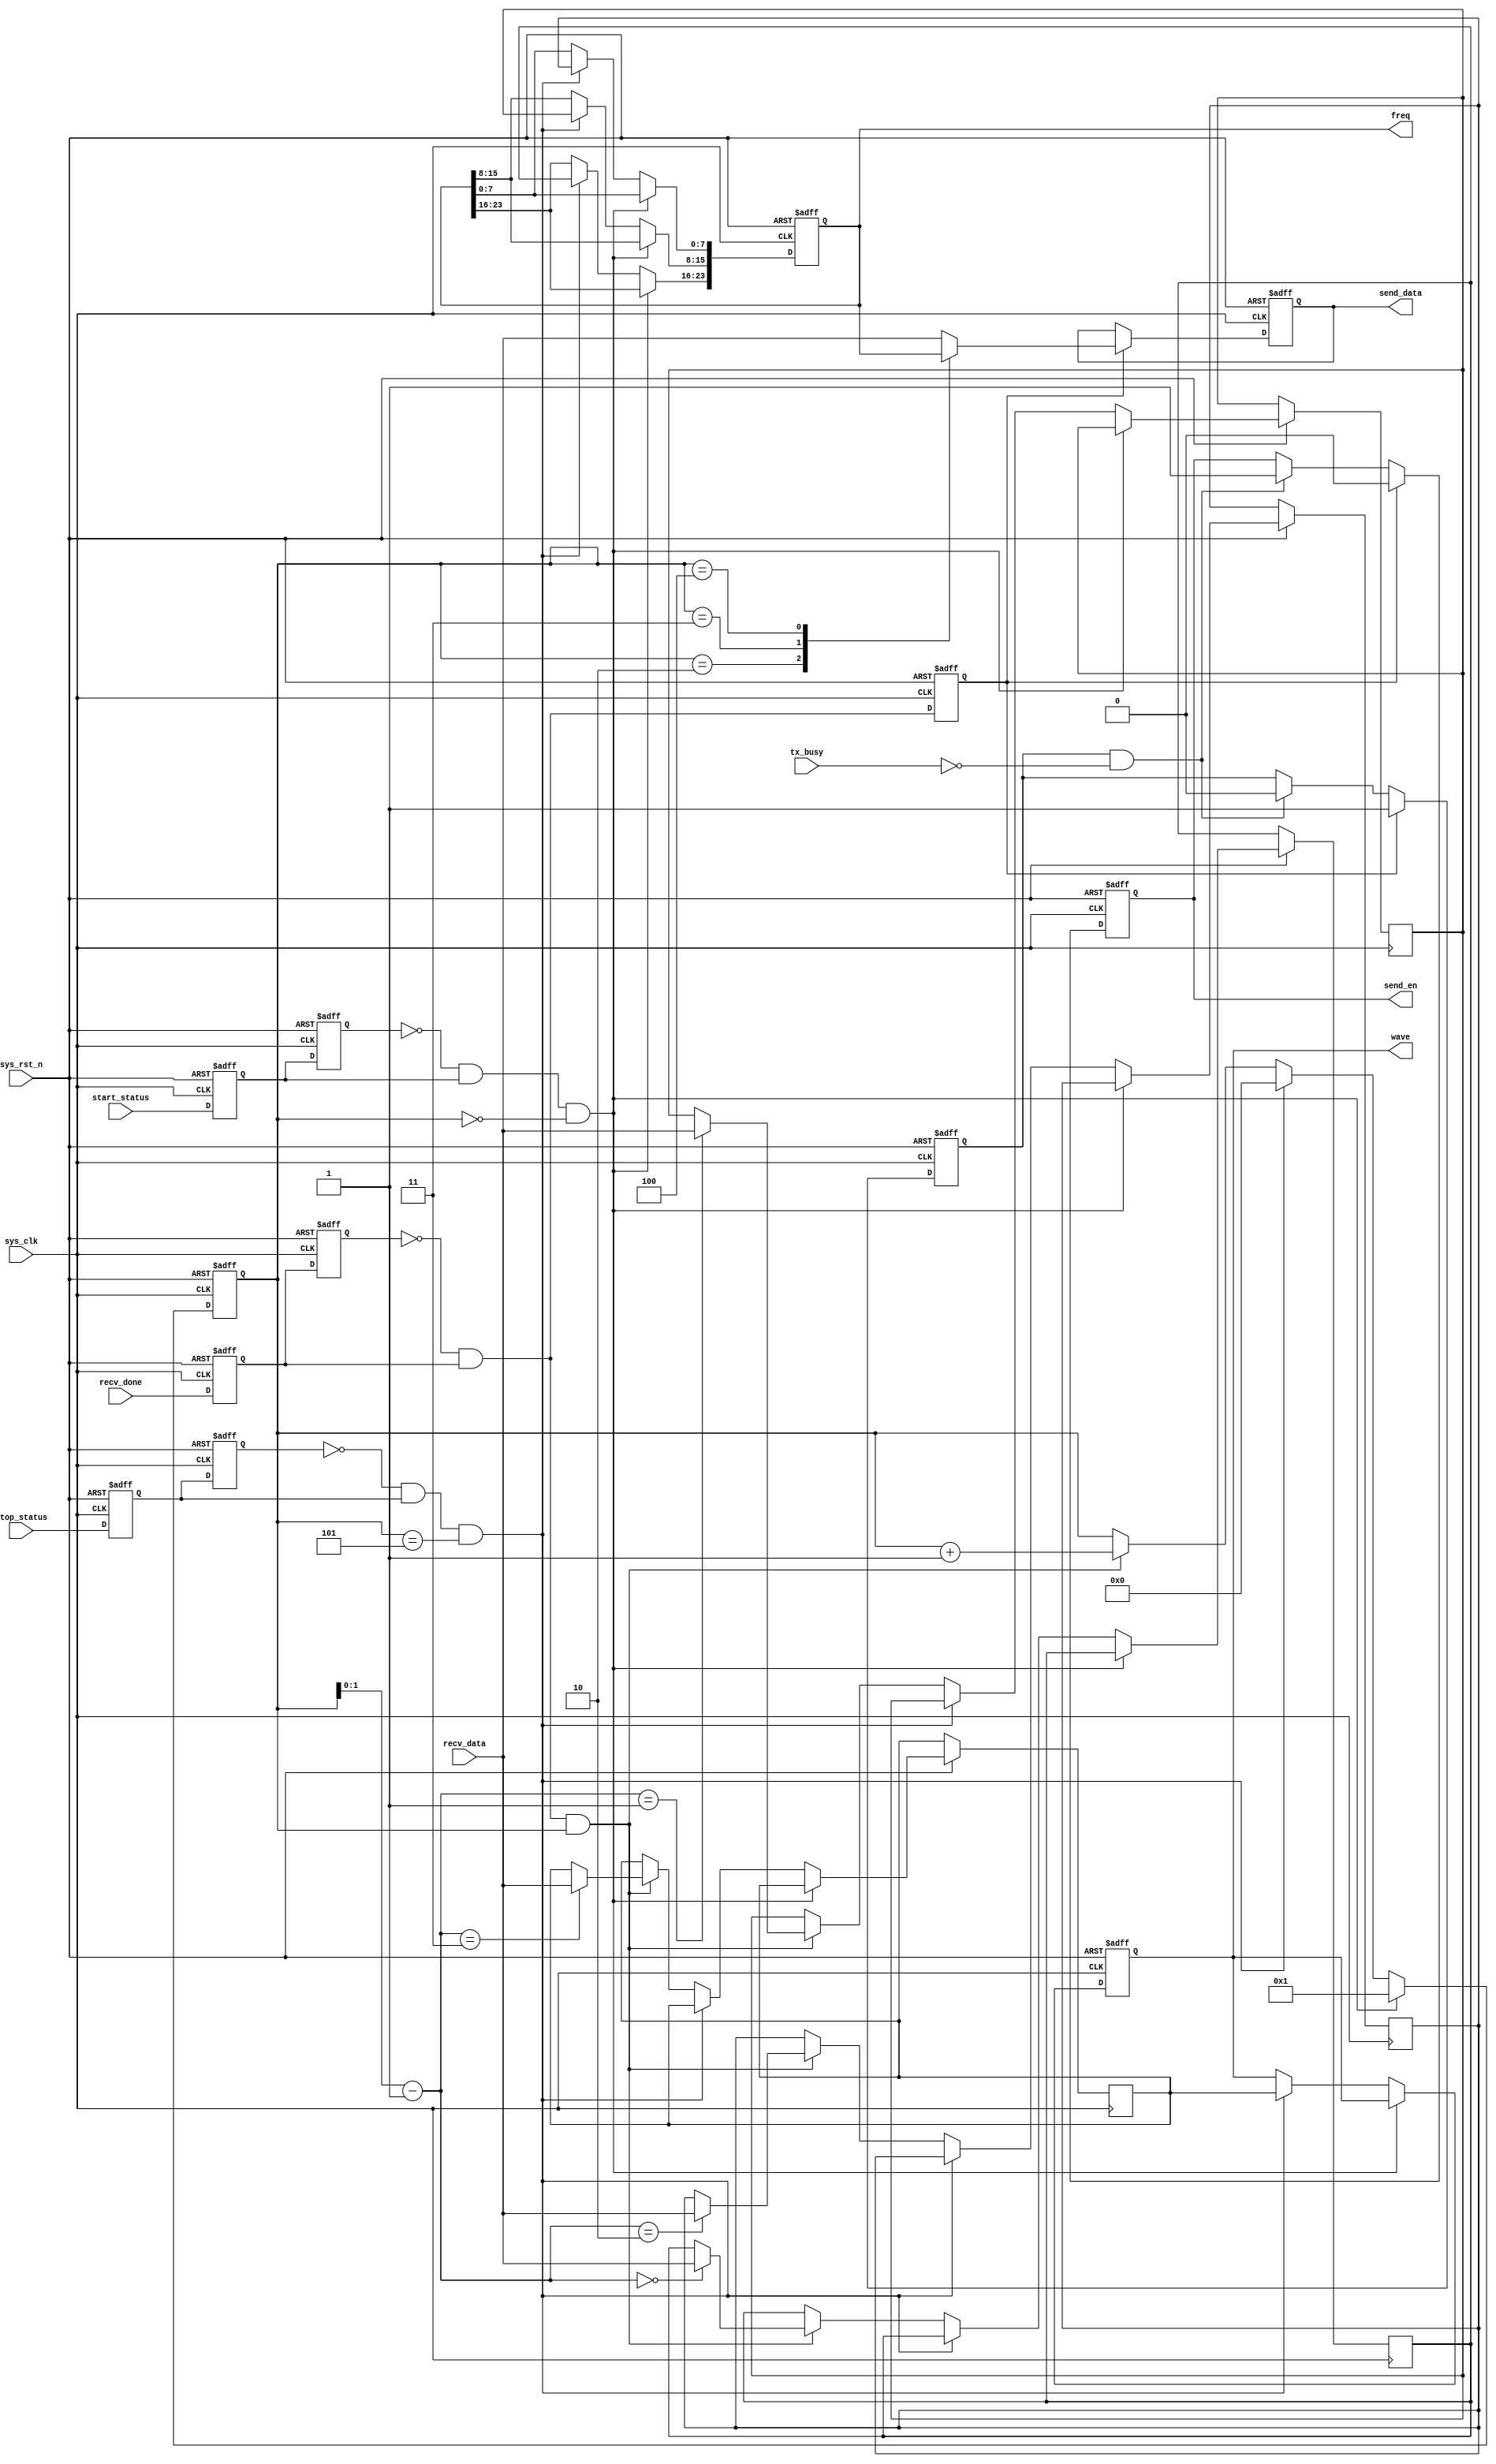
//****************************************Copyright (c)***********************************//                             
//----------------------------------------------------------------------------------------
// File name:           uart_loop
// Last modified Date:  2023/4/27 15:02:00
// Last Version:        V1.1
// Descriptions:        UART
//----------------------------------------------------------------------------------------
// Created by:          
// Created date:        2023/4/27 15:02:00
// Version:             V1.0
// Descriptions:        The original version
//----------------------------------------------------------------------------------------
//****************************************************************************************//

module uart_loop(
    input	         sys_clk,                   //
    input            sys_rst_n,                 //
     
    input            recv_done,                 //
    input      [7:0] recv_data,                 //
	 
	input            start_status,              //
	input            stop_status,               //
     
    input            tx_busy,                   //      
    output reg       send_en,                   //
    output reg [7:0] send_data,                 // 
	output reg [23:0]freq,                      //
	output reg [7:0] wave                       //
    );
reg [7:0] message[0:3];                         //
reg [3:0] message_count;
//reg define
reg recv_done_d0;
reg recv_done_d1;
reg recv_done_d2;
reg start_done_d0;
reg start_done_d1;
reg stop_done_d0;
reg stop_done_d1;
reg tx_ready;
//wire define
wire recv_done_flag;
wire start_done_flag;
wire stop_done_flag;
//*****************************************************
//**                    main code
//*****************************************************
//recv_done
assign recv_done_flag = (~recv_done_d1) & recv_done_d0;
assign start_done_flag = (~start_done_d1) & start_done_d0;
assign stop_done_flag = (~stop_done_d1) & stop_done_d0;                                       
//recv_done
always @(posedge sys_clk or negedge sys_rst_n) begin         
    if (!sys_rst_n) begin
        recv_done_d0 <= 1'b0;                                  
        recv_done_d1 <= 1'b0;
		  recv_done_d2 <= 1'b0;
    end                                                      
    else begin                                               
        recv_done_d0 <= recv_done;                               
        recv_done_d1 <= recv_done_d0; 
        recv_done_d2	<= recv_done_flag;	  
    end
end
//recv_done
always @(posedge sys_clk or negedge sys_rst_n) begin         
    if (!sys_rst_n) begin
        start_done_d0 <= 1'b0;                                  
        start_done_d1 <= 1'b0;
    end                                                      
    else begin                                               
        start_done_d0 <= start_status;                               
        start_done_d1 <= start_done_d0;                            
    end
end
//stop_status
always @(posedge sys_clk or negedge sys_rst_n) begin         
    if (!sys_rst_n) begin
        stop_done_d0 <= 1'b0;                                  
        stop_done_d1 <= 1'b0;
    end                                                      
    else begin                                               
        stop_done_d0 <= stop_status;                               
        stop_done_d1 <= stop_done_d0;                            
    end
end
//
always @(posedge sys_clk or negedge sys_rst_n) begin
    if (!sys_rst_n)begin
	     freq <= 24'd500_000;
		  wave <= 8'd0;
		  message_count <= 1'b0;
	 end
    else if(start_done_flag && message_count == 4'd0)
		  message_count <= 1'b1;	 
	 else if(stop_done_flag && message_count == 4'd5)begin
	     message_count <= 1'b0;
		  freq[23:16] <= message[0];
		  freq[15:8]  <= message[1];
		  freq[7:0]   <= message[2];
		  wave        <= message[3];       
	 end
	 else if(recv_done_flag && message_count)begin
	     message[message_count-1'b1] <= recv_data;
		  message_count <= message_count + 1'b1;
	 end 

end
//
always @(posedge sys_clk or negedge sys_rst_n) begin         
    if (!sys_rst_n) begin
        tx_ready  <= 1'b0; 
        send_en   <= 1'b0;
        send_data <= 8'd0;
    end                                                      
    else begin         
        if(recv_done_d2)begin            //
            tx_ready  <= 1'b1;                  //
            send_en   <= 1'b0;
				case (message_count)
				  4'd2 : send_data <= freq[23:16];
				  4'd3 : send_data <= freq[15:8];
				  4'd4 : send_data <= freq[7:0];
				  default : send_data <= recv_data;             //
            endcase
        end
        else if(tx_ready && (~tx_busy)) begin   //
            tx_ready <= 1'b0;                   //
            send_en  <= 1'b1;                   //
        end
    end
end

endmodule